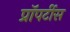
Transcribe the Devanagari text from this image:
प्रॉपर्टीस